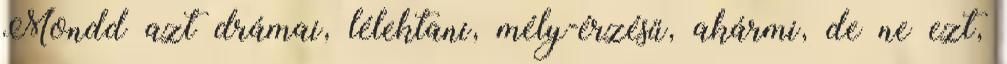
Mondd azt drámai, lélektani, mély-érzésű, akármi, de ne ezt,